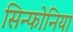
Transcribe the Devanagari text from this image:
सिन्फोनिया